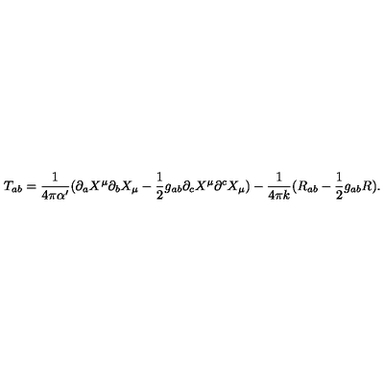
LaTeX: T _ { a b } = \frac { 1 } { 4 \pi \alpha ^ { \prime } } ( \partial _ { a } X ^ { \mu } \partial _ { b } X _ { \mu } - { \frac 1 2 } g _ { a b } \partial _ { c } X ^ { \mu } \partial ^ { c } X _ { \mu } ) - \frac { 1 } { 4 \pi k } ( R _ { a b } - { \frac 1 2 } g _ { a b } R ) .